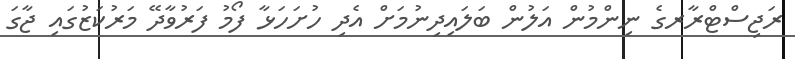
ރަޖިސްޓްރާރގެ ނިންމުން އަލުން ބަލައިދިނުމަށް އެދި ހުށަހަޅާ ފޯމު ފަރުވާދޭ މަރުކަޒުގައި ޖާގަ